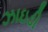
ઝાઇડી